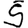
Digit: 5